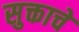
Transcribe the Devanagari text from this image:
सुक्ताचे